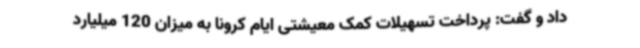
داد و گفت: پرداخت تسهیلات کمک معیشتی ایام کرونا به میزان 120 میلیارد